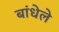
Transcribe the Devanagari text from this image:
बांधेले